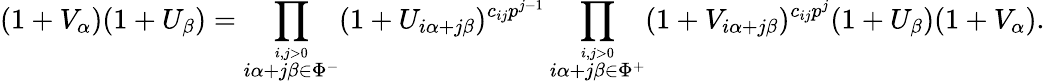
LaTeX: (1+V_{\alpha})(1+U_{\beta})=\prod_{\stackrel{i,j>0}{i\alpha+j\beta\in\Phi^{-}}}(1+U_{i\alpha+j\beta})^{c_{ij}p^{j-1}}\prod_{\stackrel{i,j>0}{i\alpha+j\beta\in\Phi^{+}}}(1+V_{i\alpha+j\beta})^{c_{ij}p^{j}}(1+U_{\beta})(1+V_{\alpha}).